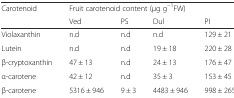
<table><thead><tr><td rowspan="2"><b>Carotenoid</b></td><td colspan="4"><b>Fruit carotenoid content (μg g<sup>−1</sup>FW)</b></td></tr><tr><td><b>Ved</b></td><td><b>PS</b></td><td><b>Dul</b></td><td><b>PI</b></td></tr></thead><tbody><tr><td>Violaxanthin</td><td>n.d</td><td>n.d</td><td>n.d</td><td>129 ± 21</td></tr><tr><td>Lutein</td><td>n.d</td><td>n.d</td><td>19 ± 18</td><td>220 ± 28</td></tr><tr><td>β-cryptoxanthin</td><td>47 ± 13</td><td>n.d</td><td>24 ± 13</td><td>176 ± 47</td></tr><tr><td>α-carotene</td><td>42 ± 12</td><td>n.d</td><td>35 ± 3</td><td>153 ± 45</td></tr><tr><td>β-carotene</td><td>5316 ± 946</td><td>9 ± 3</td><td>4483 ± 946</td><td>998 ± 265</td></tr></tbody></table>